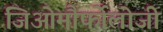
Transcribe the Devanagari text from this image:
जिओमौर्फोलोजी